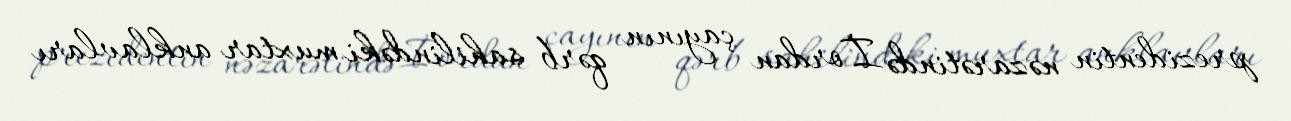
prezidentin nəzarətində İordan çayının qərb sahilindəki muxtar anklavları